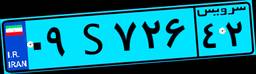
۰۹S۷۲۶۴۲